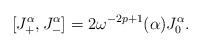
LaTeX: \begin{align*}[J_+^\alpha , J_-^\alpha] = 2\omega^{-2p+1}(\alpha)J_0^\alpha. \end{align*}